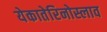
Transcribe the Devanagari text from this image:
येकातेरिनोस्लाव